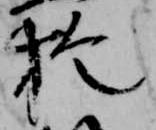
於